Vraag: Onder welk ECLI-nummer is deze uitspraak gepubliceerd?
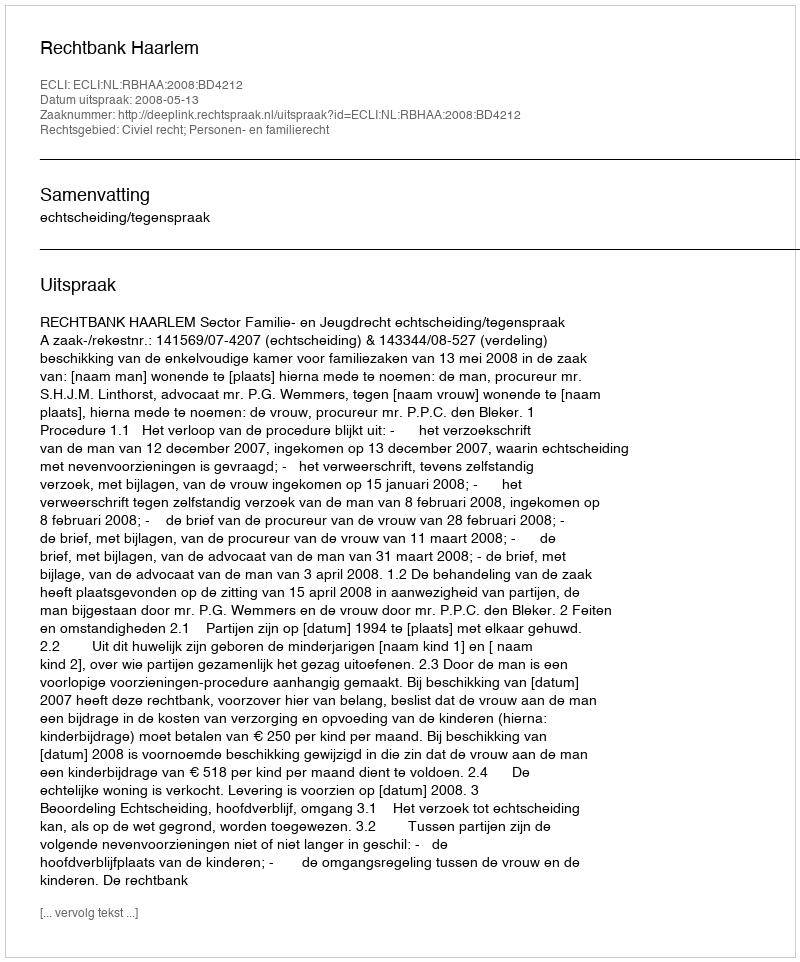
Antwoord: ECLI:NL:RBHAA:2008:BD4212